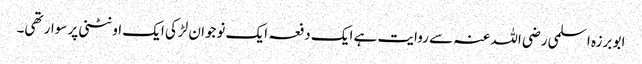
ابو برزہ اسلمی رضی اللہ عنہ سے روایت ہے ایک دفعہ ایک نوجوان لڑکی ایک اونٹنی پر سوار تھی۔